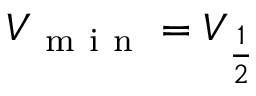
V _ { \mathrm { ~ m ~ i ~ n ~ } } = V _ { \frac { 1 } { 2 } }